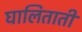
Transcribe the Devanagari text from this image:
घालिताती